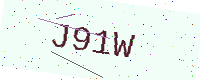
Text: J91W